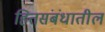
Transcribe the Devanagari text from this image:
हितसंबंधातील